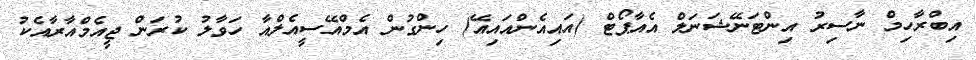
އިބްރާހިމް ނާސިރު އިންޓަނޭޝަނަލް އެއާޕޯޓް (އައިއެންއައިއޭ) ހިންގުން އެމްއޭސީއެލްއާ ހަވާލު ކުރަން ޖީއެމްއާރާއެކު